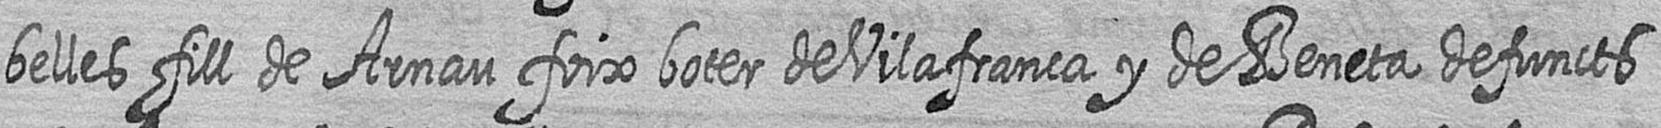
belles fill de Arnau foix boter de Vilafranca y de Beneta defuncts